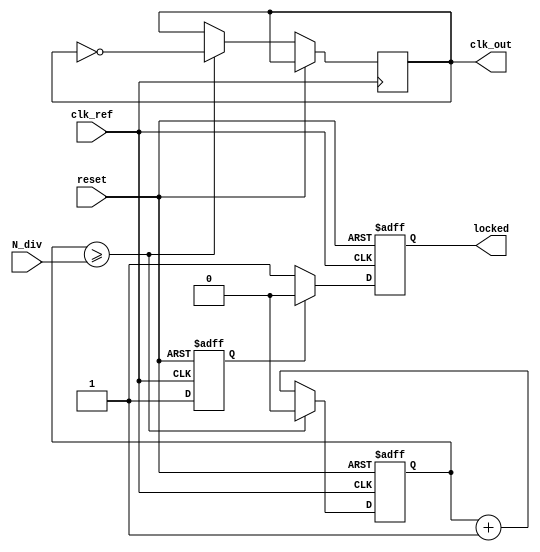
module integer_n_pll (
    input wire clk_ref,            // Reference clock input
    input wire reset,              // Reset signal
    input wire [N-1:0] N_div,      // Programmable integer divider value
    output reg clk_out,            // Output clock
    output reg locked              // Lock status
);

parameter N = 4;                  // Example divider size
parameter CLK_FREQ = 100;         // Reference clock frequency in MHz
parameter VCO_MAX_FREQ = 400;     // Maximum VCO frequency in MHz
parameter VCO_MIN_FREQ = 50;      // Minimum VCO frequency in MHz

// Phase Detector
reg phase_error;                  // Phase error signal
always @(posedge clk_ref or posedge reset) begin
    if (reset) begin
        phase_error <= 0;
    end else begin
        // Simple phase comparison (bang-bang PD)
        if (clk_out) begin
            phase_error <= 1;      // Output clock is leading
        end else begin
            phase_error <= -1;     // Output clock is lagging
        end
    end
end

// Loop Filter (simple first-order)
reg [7:0] loop_filter;            // Loop filter output
always @(posedge clk_ref or posedge reset) begin
    if (reset) begin
        loop_filter <= 0;
    end else begin
        // Simple proportional control
        loop_filter <= loop_filter + phase_error;
    end
end

// Voltage-Controlled Oscillator (VCO)
reg [7:0] vco_freq;               // VCO frequency control
always @(posedge clk_ref or posedge reset) begin
    if (reset) begin
        vco_freq <= VCO_MIN_FREQ;  // Start at minimum frequency
    end else begin
        // Adjust VCO frequency based on loop filter output
        vco_freq <= loop_filter;    // Simple direct mapping for demo
    end
end

// Clock Divider (Input Divider)
reg clk_div;                      // Divided clock signal
always @(posedge clk_ref or posedge reset) begin
    if (reset) begin
        clk_div <= 0;
    end else begin
        clk_div <= clk_div + 1;
        if (clk_div >= N_div) begin
            clk_div <= 0;
            clk_out <= ~clk_out;   // Toggle output clock
        end
    end
end

// Lock Detection
always @(posedge clk_ref or posedge reset) begin
    if (reset) begin
        locked <= 0;
    end else begin
        // Simple lock detection logic
        if (phase_error == 0) begin
            locked <= 1;            // Locked if phase error is zero
        end else begin
            locked <= 0;            // Not locked
        end
    end
end

endmodule